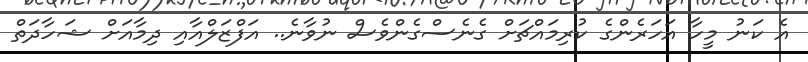
އެ ކަނު މީހާ އަހަރެންގެ ކުރިމައްޗަށް ގެނެސްގެންވެސް ނުވާނެ.. އަފްޒަލްއާއި ދިމާއަށް ޝަހާދަތް